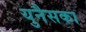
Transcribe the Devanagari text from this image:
युनैसका